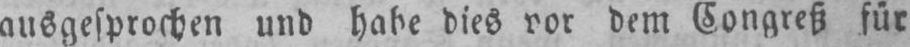
dem Congreß für